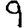
Digit: 9